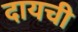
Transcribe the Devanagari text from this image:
दायची